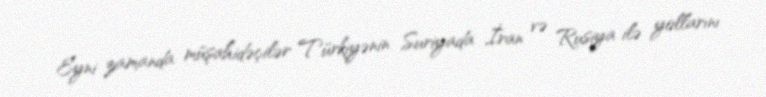
Eyni zamanda müşahidəçilər Türkiyənin Suriyada İran və Rusiya ilə yollarını